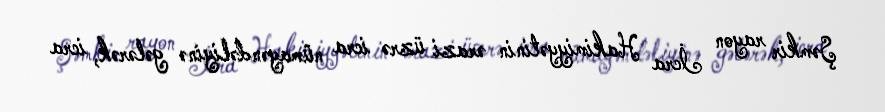
Şəmkir rayon İcra Hakimiyyətinin ərazi üzrə icra nümayəndəliyinə gələrək, icra